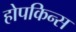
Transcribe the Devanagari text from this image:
होपकिन्स